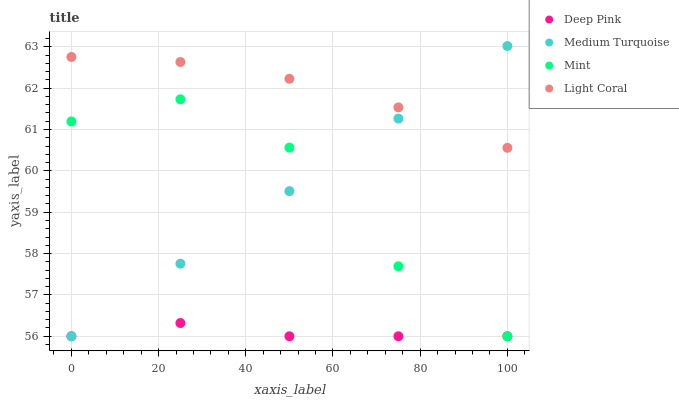
| xaxis_label | Deep Pink | Medium Turquoise | Mint | Light Coral |
 | --- | --- | --- | --- | --- |
 | 0 | 56 | 56 | 61.2 | 62.8 |
 | 25 | 56.3 | 57.8 | 61.7 | 62.6 |
 | 50 | 56 | 59.5 | 60.6 | 62.2 |
 | 75 | 56 | 61.3 | 57.7 | 61.5 |
 | 100 | 56 | 63 | 56 | 60.6 |